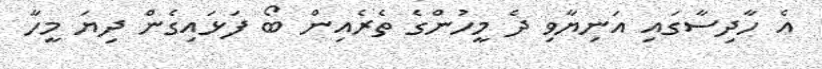
އެ ހާދިސާގައި އަނިޔާވި ދެ މީހުންގެ ތެރެއިން ބޯ ފަޅައިގެން ދިޔަ މީހާ